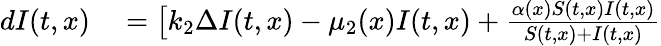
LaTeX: \begin{array}{rl}{dI(t,x)}&{{}=\big[k_{2}\Delta I(t,x)-\mu_{2}(x)I(t,x)+\frac{\alpha(x)S(t,x)I(t,x)}{S(t,x)+I(t,x)}}\end{array}